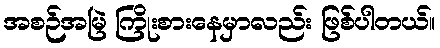
အစဉ်အမြဲ ကြိုးစားနေမှာလည်း ဖြစ်ပါတယ်။